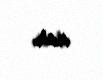
var.